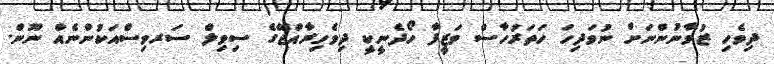
ދިވެހި ޒުވާނުންނަށް ނުވަދިހަ ހަތަރުހާސް ވަޒީފާ ހޯދެނީކީ ދިވެހިރާއްޖޭގެ ސިވިލް ސަރވިސްއަކުންނެއް ނޫން.